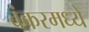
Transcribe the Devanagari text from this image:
बंकरमध्ये